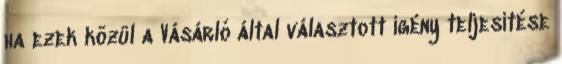
ha ezek közül a Vásárló által választott igény teljesítése